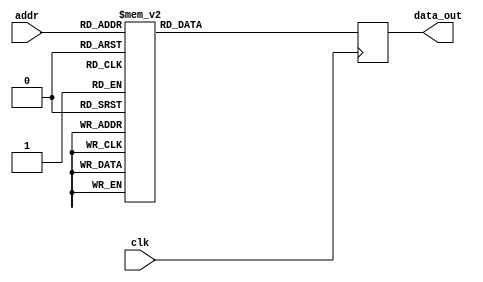
module FFT_twiddle_ROM_img_4 (
    input wire clk,
    input wire [4:0] addr,
    output reg [15:0] data_out
);

always @(posedge clk) begin
    case(addr)
 
5'b00000: data_out <= 16'h0000 ;
5'b00001: data_out <= 16'h0000 ;
5'b00010: data_out <= 16'h0000 ;
5'b00011: data_out <= 16'h0000 ;
5'b00100: data_out <= 16'h0000 ;
5'b00101: data_out <= 16'hFF00 ;
5'b00110: data_out <= 16'h0000 ;
5'b00111: data_out <= 16'hFF00 ;
5'b01000: data_out <= 16'h0000 ;
5'b01001: data_out <= 16'hFF4A ;
5'b01010: data_out <= 16'hFF00 ;
5'b01011: data_out <= 16'hFF4A ;
5'b01100: data_out <= 16'h0000 ;
5'b01101: data_out <= 16'hFF9E ;
5'b01110: data_out <= 16'hFF4A ;
5'b01111: data_out <= 16'hFF13 ;
5'b10000: data_out <= 16'h0000 ;
5'b10001: data_out <= 16'hFFCE ;
5'b10010: data_out <= 16'hFF9E ;
5'b10011: data_out <= 16'hFF71 ;
5'b10100: data_out <= 16'hFF00 ;
5'b10101: data_out <= 16'hFF01 ;
5'b10110: data_out <= 16'hFF04 ;
5'b10111: data_out <= 16'hFF0B ;
5'b11000: data_out <= 16'hFF4A ;
5'b11001: data_out <= 16'hFF42 ;
5'b11010: data_out <= 16'hFF3A ;
5'b11011: data_out <= 16'hFF32 ;




        default: data_out <= 16'h00000;
    endcase
end

endmodule